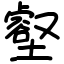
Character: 壑